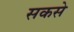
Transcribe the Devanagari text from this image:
सकसे